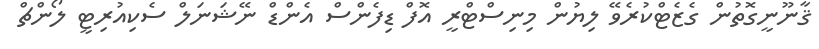
ޤާނޫނީގޮތުން ގެޒެޓްކުރެވޭ ލިޔުން މިނިސްޓްރީ އޮފް ޑިފެންސް އެންޑް ނޭޝަނަލް ސެކިއުރިޓީ ލޯންޗް